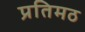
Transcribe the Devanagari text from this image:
प्रतिमठ